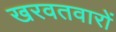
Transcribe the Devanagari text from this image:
खरवतवारों